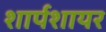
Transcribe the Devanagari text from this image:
शार्पशायर